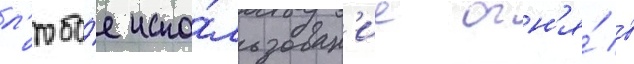
л'юбо́е испо́льзован'ие огн'я́ в